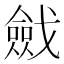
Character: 𢨔